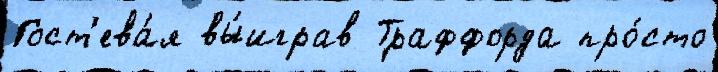
Гост'ева́я вы́играв Траффорда про́сто